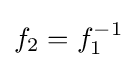
f_{2}=f_{1}^{-1}